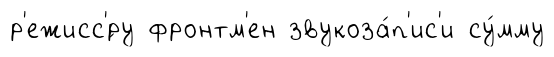
р'ежисс'́ру фронтм'ен звукоза́п'ис'и су́мму